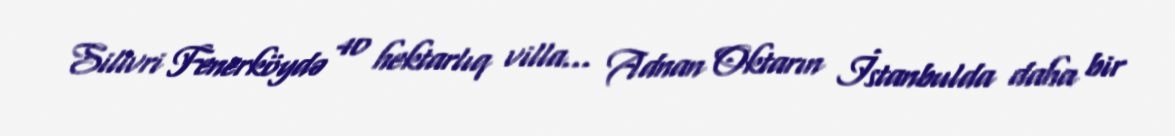
Silivri Fenerköydə 40 hektarlıq villa... Adnan Oktarın İstanbulda daha bir